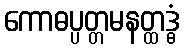
ကောဓပ္ပတ္တမနတ္ထဒ္ဓံ